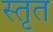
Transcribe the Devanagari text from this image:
स्तृत